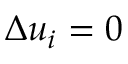
\Delta u _ { i } = 0